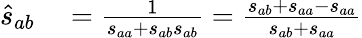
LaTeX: \begin{array}{rl}{\hat{s}_{ab}}&{{}=\frac{1}{s_{aa}+s_{ab}s_{ab}}=\frac{s_{ab}+s_{aa}-s_{aa}}{s_{ab}+s_{aa}}}\end{array}